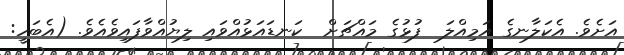
އަށެވެ. އެކަލާނގެ އަމިއްލަ  ފުޅުގެ މައްޗަށް  ކަނޑައަޅުއްވައި ލިޔުއްވާފައިވެއެވެ. (އެބަހީ: